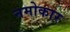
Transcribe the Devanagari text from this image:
नमोकार